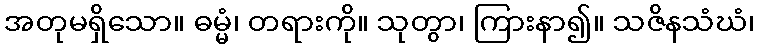
အတုမရှိသော။ ဓမ္မံ၊ တရားကို။ သုတွာ၊ ကြားနာ၍။ သဇိနသံဃံ၊